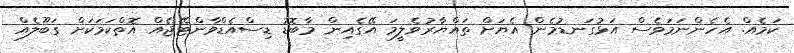
ކަމެއް. އެހެންނަމަވެސް އަޅުގަނޑުމެން އެޔަށް ތައްޔާރުވެލީމަ އޭގެއިން މާބޮޑު ޑިސްއެޑްވާންޓޭޖެއް އޮތްކަމަކަށް ގަބޫލެއް